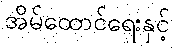
အိမ်ထောင်ရေးနှင့်